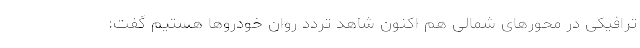
ترافیکی در محورهای شمالی هم اکنون شاهد تردد روان خودروها هستیم گفت: